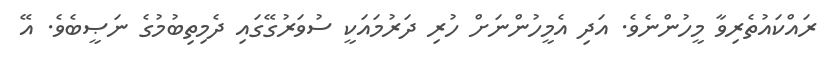
ރައްކައުތެރިވާ މީހުންނެވެ. އަދި އެމީހުންނަށް ހުރި ދަރުމައަކީ ސުވަރުގޭގައި ދެމިތިބުމުގެ ނަޞީބެވެ. އޭ